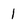
Character: 1